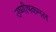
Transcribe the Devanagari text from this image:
उष्णीषकमल